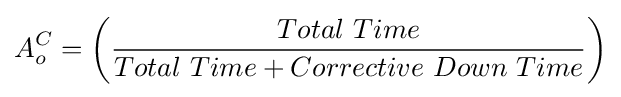
A_{o}^{C}=\left({\frac {Total\ Time}{Total\ Time+Corrective\ Down\ Time}}\right)